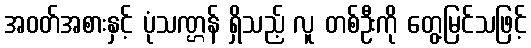
အဝတ်အစားနှင့် ပုံသဏ္ဌန် ရှိသည့် လူ တစ်ဦးကို တွေ့မြင်သဖြင့်